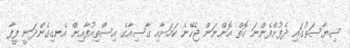
ސިޔާސަތުގައި ދެފުށްފެންނަ ގޮތް އޮންނަން ޖެހޭނެ ކަމަށާއި ގާސިއާގެ އިސްތިއުފާއިން އެނގިގެންދަނީ ފީފާ